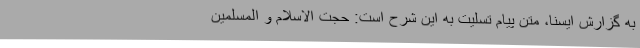
به گزارش ایسنا، متن پیام تسلیت به این شرح است: حجت الاسلام و المسلمین